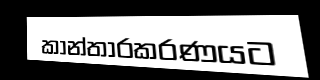
කාන්තාරකරණයට